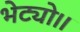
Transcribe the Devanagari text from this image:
भेट्यो।।